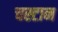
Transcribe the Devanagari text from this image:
चस्टान